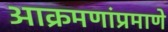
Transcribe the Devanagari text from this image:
आक्रमणांप्रमाणे